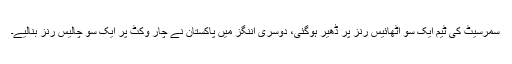
سمرسیٹ کی ٹیم ایک سو اٹھائیس رنز پر ڈھیر ہوگئی، دوسری اننگز میں پاکستان نے چار وکٹ پر ایک سو چالیس رنز بنالیے۔